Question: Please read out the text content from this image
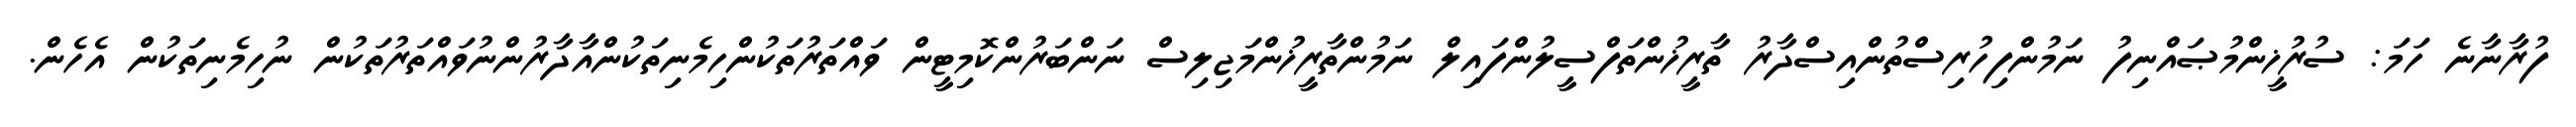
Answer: ފުރާނާނެ ހަމަ: ސުރުޚީންމުޞައްނިފު ނަމުންފިހުރިސްތުންއިސްދާރު ތާރީޚުންތަފްސީލުންފައިލް ނަމުންތާރީޚުންމަޖިލިސް ނަންބަރުންކޮމިޓީން ވައްތަރުތަކުންހިމެނިތަކުންއާދާރުންނުވައްތަރުތަކުން ނުހިމެނިތަކުން އެހެން.